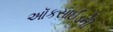
ઑકસાઈડની